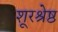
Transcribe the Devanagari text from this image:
शूरश्रेष्ठ